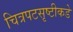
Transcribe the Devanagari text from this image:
चित्रपटसृष्टीकडे